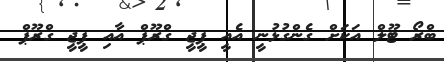
ބްރޯ ޓޫލް އަކަށް ގެންގުޅުނީ އެއީ ޕީޖީ ގްރޫޕް އާއި ޕީޖީ ގްރޫޕް